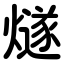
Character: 燧